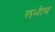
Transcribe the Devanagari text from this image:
लभीय